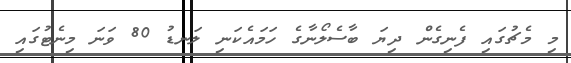
މި މެޗުގައި ފެނިގެން ދިޔަ ބާސެލޯނާގެ ހަމައެކަނި ލަނޑު 80 ވަނަ މިނެޓުގައި